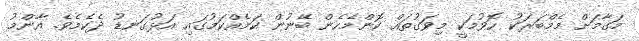
މަގާމަށް މެމްބަރަކު ހޮވުމަކީ މިވަގުތައް ކޮންމެހެން ބޭނުން ކަމެއްކަމުގައި އަޅުގަނޑު ދެކެމެވެ. އާންމު